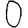
Digit: 0